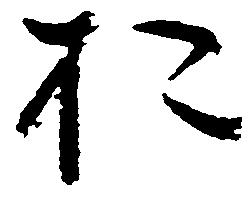
於